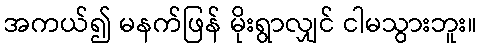
အကယ်၍ မနက်ဖြန် မိုးရွာလျှင် ငါမသွားဘူး။